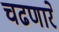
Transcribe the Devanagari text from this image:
चढणारे